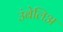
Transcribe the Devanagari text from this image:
उंबेलिअ